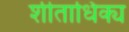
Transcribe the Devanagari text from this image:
शीताधिक्य